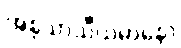
အနုသာသီယမာနော